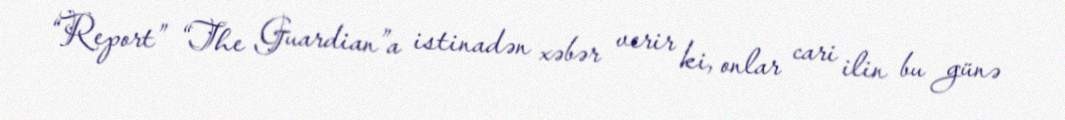
“Report” “The Guardian”a istinadən xəbər verir ki, onlar cari ilin bu günə